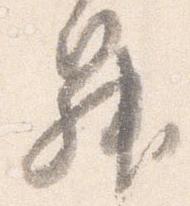
昇